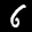
Label: 6